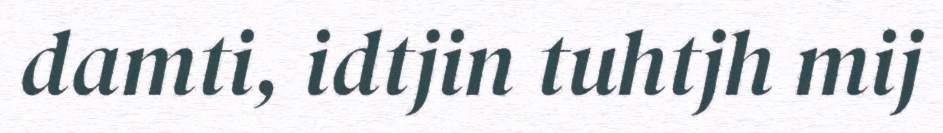
damti, idtjin tuhtjh mij